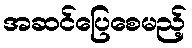
အဆင်ပြေစေမည့်